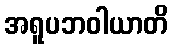
အရူပဘဝါယာတိ